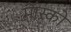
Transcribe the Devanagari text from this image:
मॅास्को